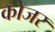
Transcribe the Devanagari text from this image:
कोजर